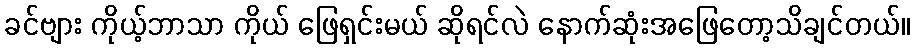
ခင်ဗျား ကိုယ့်ဘာသာ ကိုယ် ဖြေရှင်းမယ် ဆိုရင်လဲ နောက်ဆုံးအဖြေတော့သိချင်တယ်။